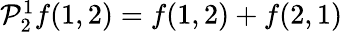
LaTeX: \begin{array}{r}{\mathcal P_{2}^{1}f(1,2)=f(1,2)+f(2,1)}\end{array}